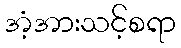
အံ့အားသင့်စရာ